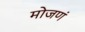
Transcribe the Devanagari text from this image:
मोजणं